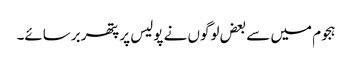
ہجوم میں سے بعض لوگوں نے پولیس پر پتھر برسائے۔